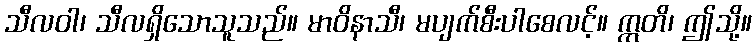
သီလဝါ၊ သီလရှိသောသူသည်။ မာဝိနာသီ၊ မပျက်စီးပါစေလင့်။ ဣတိ၊ ဤသို့။